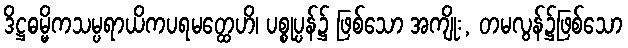
ဒိဋ္ဌဓမ္မိကသမ္ပရာယိကပရမတ္ထေဟိ၊ ပစ္စုပ္ပန်၌ ဖြစ်သော အကျိုး, တမလွန်၌ဖြစ်သော